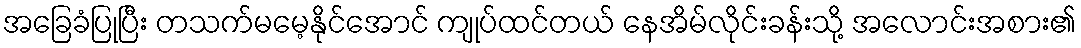
အခြေခံပြုပြီး တသက်မမေ့နိုင်အောင် ကျုပ်ထင်တယ် နေအိမ်လိုင်းခန်းသို့ အလောင်းအစား၏